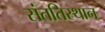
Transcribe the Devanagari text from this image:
संततिस्थान